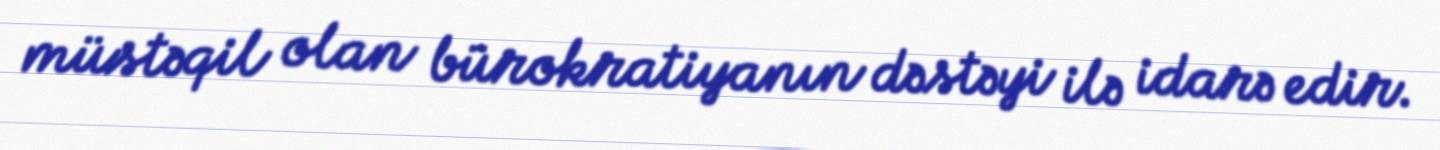
müstəqil olan bürokratiyanın dəstəyi ilə idarə edir.